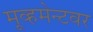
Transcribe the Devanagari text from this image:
मूव्हमेन्टवर